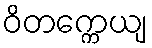
ဝိတက္ကေယျ